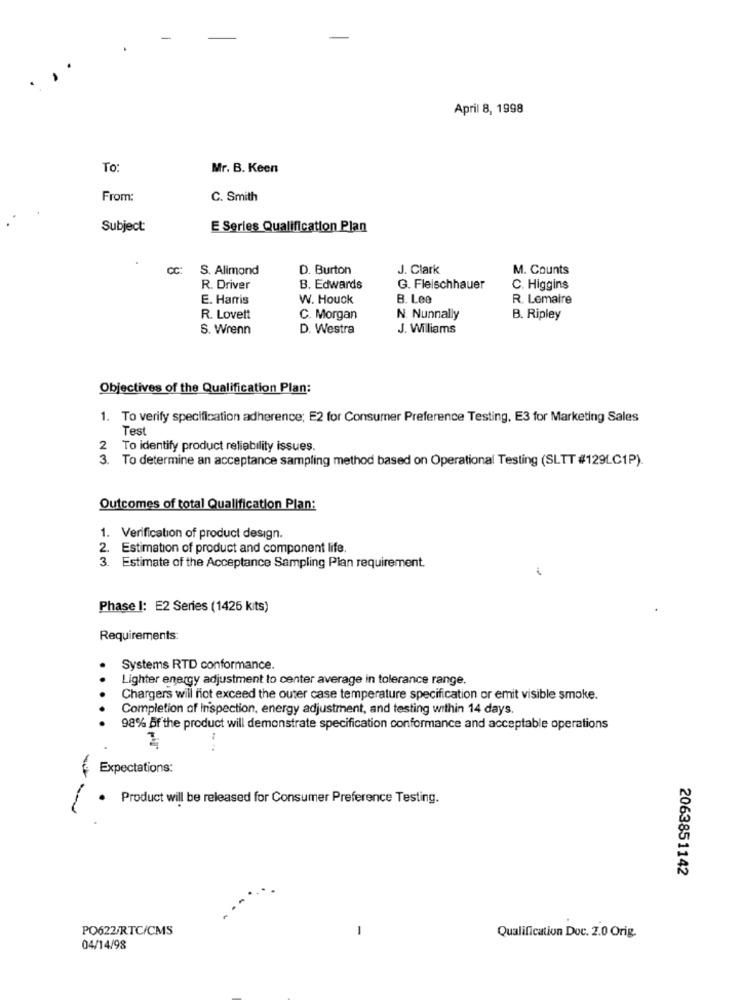
April 8, 1998
To:
Mr. B. Keen
From:
C. Smith
Subject:
E Series Qualification Plan
CC:
S. Alimond
D. Burton
J. Clark
M. Counts
R. Driver
B. Edwards
G. Fleischhauer
C. Higgins
E. Harris
W. Houck
B. Lee
R. Lemaire
R. Lovett
C. Morgan
N. Nunnally
B. Ripley
S. Wrenn
D. Westra
J. Williams
Objectives of the Qualification Plan:
1. To verify specification adherence; E2 for Consumer Preference Testing, E3 for Marketing Sales
Test
2 To identify product reliability issues.
3. To determine an acceptance sampling method based on Operational Testing (SLTT #129LC1P).
Outcomes of total Qualification Plan:
1. Verification of product design.
2. Estimation of product and component life.
3. Estimate of the Acceptance Sampling Plan requirement.
Phase I: E2 Series (1425 kits)
Requirements:
Systems RTD conformance.
..
Lighter energy adjustment to center average in tolerance range.
Chargers will not exceed the outer case temperature specification or emit visible smoke.
Completion of Inspection, energy adjustment, and testing within 14 days.
98% Af the product will demonstrate specification conformance and acceptable operations
Expectations:
Product will be released for Consumer Preference Testing.
2063851142
PO622/RTC/CMS
-
Qualification Doc. 2.0 Orig.
04/14/98